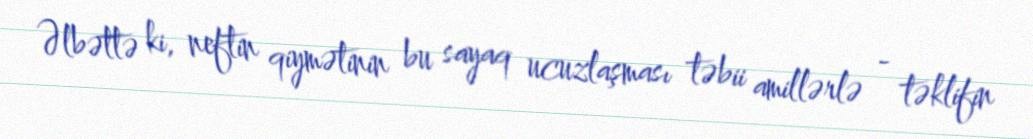
Əlbəttə ki, neftin qiymətinin bu sayaq ucuzlaşması təbii amillərlə - təklifin